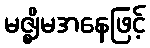
မဇ္ဈိမအနေဖြင့်